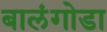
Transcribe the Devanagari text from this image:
बालंगोडा